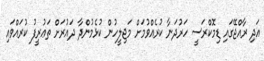
އަދި ރާއްޖޭގައި ޑިމޮކްރަސީ ހަރުދަނާ ކުރެއްވުމަށް މަޖިލީހުން ކުޅެމުންދާ ދައުރަށް ތަޢުރީފު ކުރައްވައި